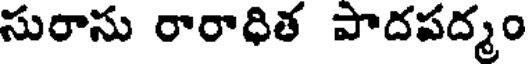
సురాసు రారాధిత పాదపద్మం